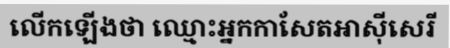
លើកឡើងថា ឈ្មោះអ្នកកាសែតអាស៊ីសេរី